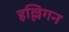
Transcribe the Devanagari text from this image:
हल्लिगन